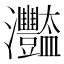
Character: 𤅿